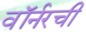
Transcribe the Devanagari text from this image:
वॉर्नरची